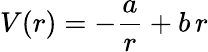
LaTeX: V(r)=-{\frac{a}{r}}+b\, r